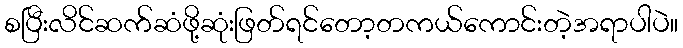
စပြီးလိင်ဆက်ဆံဖို့ဆုံးဖြတ်ရင်တော့တကယ်ကောင်းတဲ့အရာပါပဲ။